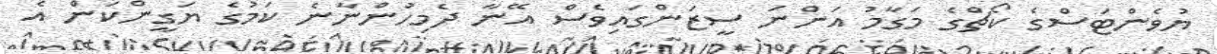
ޔުވެންޓަސްގެ ކޯޗްގެ މަގާމު އަންނަ ސީޒަންގައިވެސް އޭނާ ދެމިހުންނާނެ ކަމުގެ ޔަގީންކަން އެ